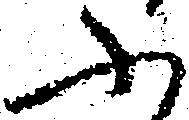
ふ